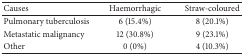
<table><thead><tr><td><b>Causes</b></td><td><b>Haemorrhagic</b></td><td><b>Straw-coloured</b></td></tr></thead><tbody><tr><td>Pulmonary tuberculosis</td><td>6 (15.4%)</td><td>8 (20.1%)</td></tr><tr><td>Metastatic malignancy</td><td>12 (30.8%)</td><td>9 (23.1%)</td></tr><tr><td>Other</td><td>0 (0%)</td><td>4 (10.3%)</td></tr></tbody></table>